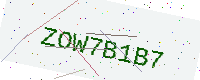
Text: ZOW7B1B7